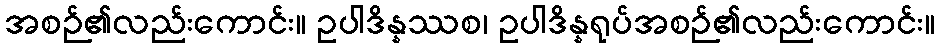
အစဉ်၏လည်းကောင်း။ ဥပါဒိန္နဿစ၊ ဥပါဒိန္နရုပ်အစဉ်၏လည်းကောင်း။